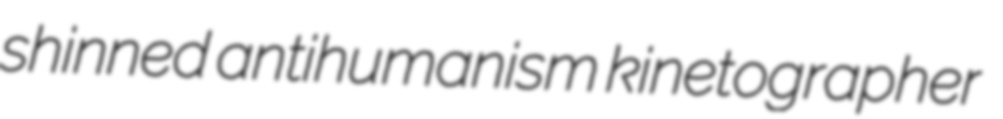
shinned antihumanism kinetographer